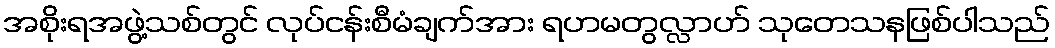
အစိုးရအဖွဲ့သစ်တွင် လုပ်ငန်းစီမံချက်အား ရဟမတွလ္လာဟ် သုတေသနဖြစ်ပါသည်